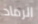
الرماد